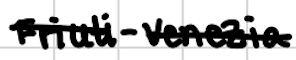
Text: Friuli-Venezia
Cross-out: single-line
Writing tool: digital_black